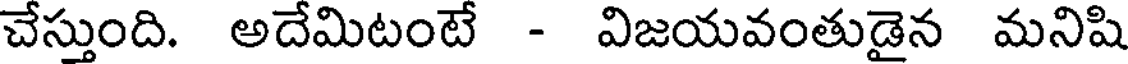
చేస్తుంది. అదేమిటంటే - విజయవంతుడైన మనిషి